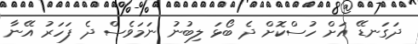
ދަގަނޑޭ އަށް ހުސްކޮށް ދެ ބޯޅަ ލިބުނު ނަމަވެސް ދެ ފަހަރު އޭނާ